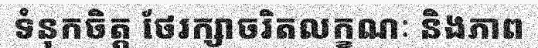
ទំនុកចិត្ត ថែរក្សាចរិតលក្ខណៈ និងភាព